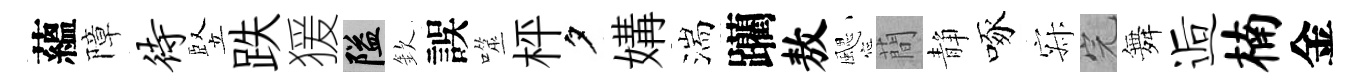
蘊障待竪跌猨隘欽誤噬枰夕媾湍躪敖颸蕳静啄寂完舞逅楠金